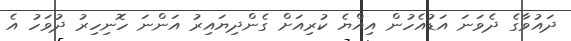
ދައުވާގެ ދެވަނަ އަޑުއެހުން އިއްޔެ ކުރިއަށް ގެންދިޔައިރު އަންނަ ހޮނިހިރު ދުވަހު އެ